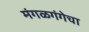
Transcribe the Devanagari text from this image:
मंगळगंगेचा